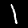
Digit: 1